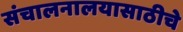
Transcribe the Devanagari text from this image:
संचालनालयासाठीचे